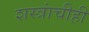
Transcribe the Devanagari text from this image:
शस्त्रांचीही